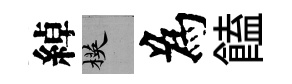
綽楧為饁